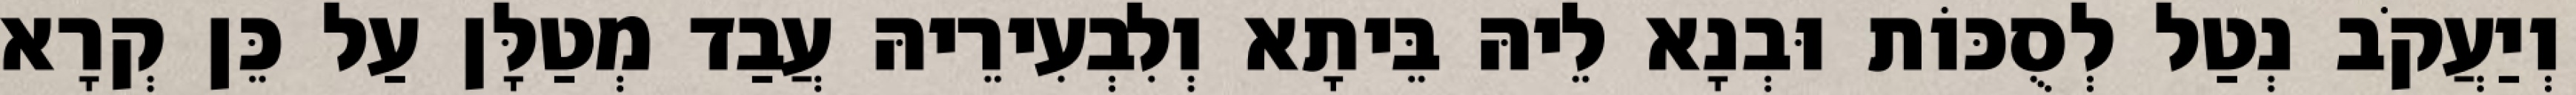
וְיַעֲקֹב נְטַל לְסֻכּוֹת וּבְנָא לֵיהּ בֵּיתָא וְלִבְעִירֵיהּ עֲבַד מְטַלָּן עַל כֵּן קְרָא